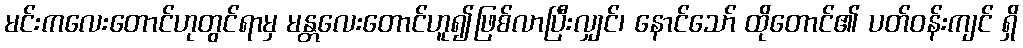
မင်းကလေးတောင်ဟုတွင်ရာမှ မန္တလေးတောင်ဟူ၍ဖြစ်လာပြီးလျှင်၊ နောင်သော် ထိုတောင်၏ ပတ်ဝန်းကျင် ရှိ